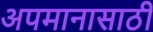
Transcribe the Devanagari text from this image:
अपमानासाठी